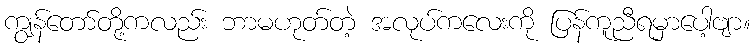
ကျွန်တော်တို့ကလည်း ဘာမဟုတ်တဲ့ အလုပ်ကလေးကို ပြန်ကူညီရမှာပေါ့ဗျာ။